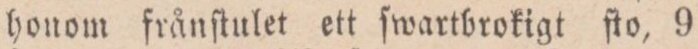
honom frånſtulet ett ſwartbrokigt ſto, 9